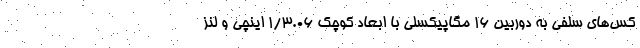
کس‌های سلفی به دوربین ۱۶ مگاپیکسلی با ابعاد کوچکِ 1/3.06 اینچی و لنز